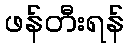
ဖန်တီးရန်